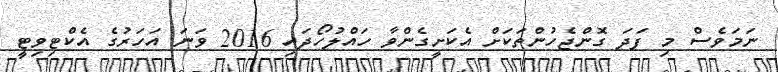
ނަމަވެސް މި ފަދަ ގޮންޖެހުންތަކަށް އެކަށީގެންވާ ހައްލުހޯދައި 2016 ވަނަ އަހަރުގެ އެކްޓިވިޓީ